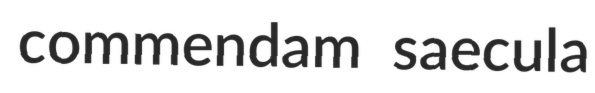
commendam saecula